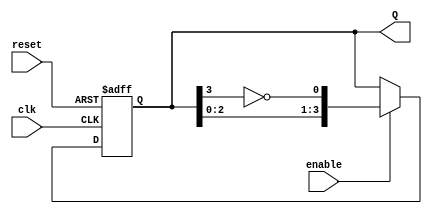
module JohnsonCounter #(
    parameter N = 4  // Number of flip-flops
)(
    input wire clk,        // Clock signal
    input wire reset,      // Asynchronous reset
    input wire enable,     // Enable signal
    output reg [N-1:0] Q   // Output state
);

    // Internal signal for the feedback
    wire feedback;

    // Assign feedback as the inverted output of the last flip-flop
    assign feedback = ~Q[N-1];

    // Sequential logic for the Johnson counter
    always @(posedge clk or posedge reset) begin
        if (reset) begin
            // Asynchronous reset: set all outputs to 0
            Q <= 0;
        end else if (enable) begin
            // Shift the states according to the Johnson counter logic
            Q <= {Q[N-2:0], feedback};
        end
        // If not enabled, hold the current state
    end

endmodule